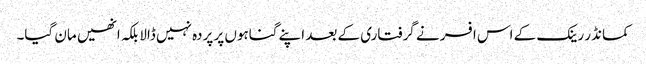
کمانڈر رینک کے اس افسر نے گرفتاری کے بعد اپنے گناہوں پر پردہ نہیں ڈالا بلکہ انھیں مان گیا۔